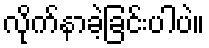
လိုက်နာခဲ့ခြင်းပါပဲ။